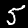
Label: 5